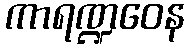
ကာရဏ္ဍဝေန